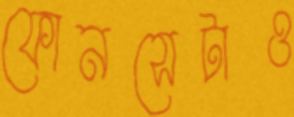
ফোনসেটাও